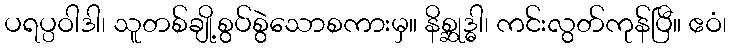
ပရပ္ပဝါဒါ၊ သူတစ်ချို့စွပ်စွဲသောစကားမှ။ နိစ္ဆုဒ္ဓါ၊ ကင်းလွတ်ကုန်ပြီ။ ဧဝံ၊